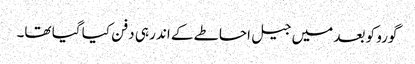
گورو کو بعد میں جیل احاطے کے اندر ہی دفن کیا گیا تھا۔